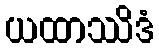
ယထာဿိဒံ